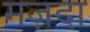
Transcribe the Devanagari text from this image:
मज़दा